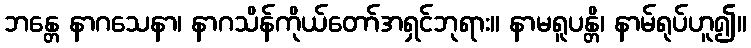
ဘန္တေ နာဂသေနာ၊ နာဂသိန်ကိုယ်တော်အရှင်ဘုရား။ နာမရူပန္တိ၊ နာမ်ရုပ်ဟူ၍။